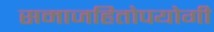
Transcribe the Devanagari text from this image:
समाजहितोपयोगी